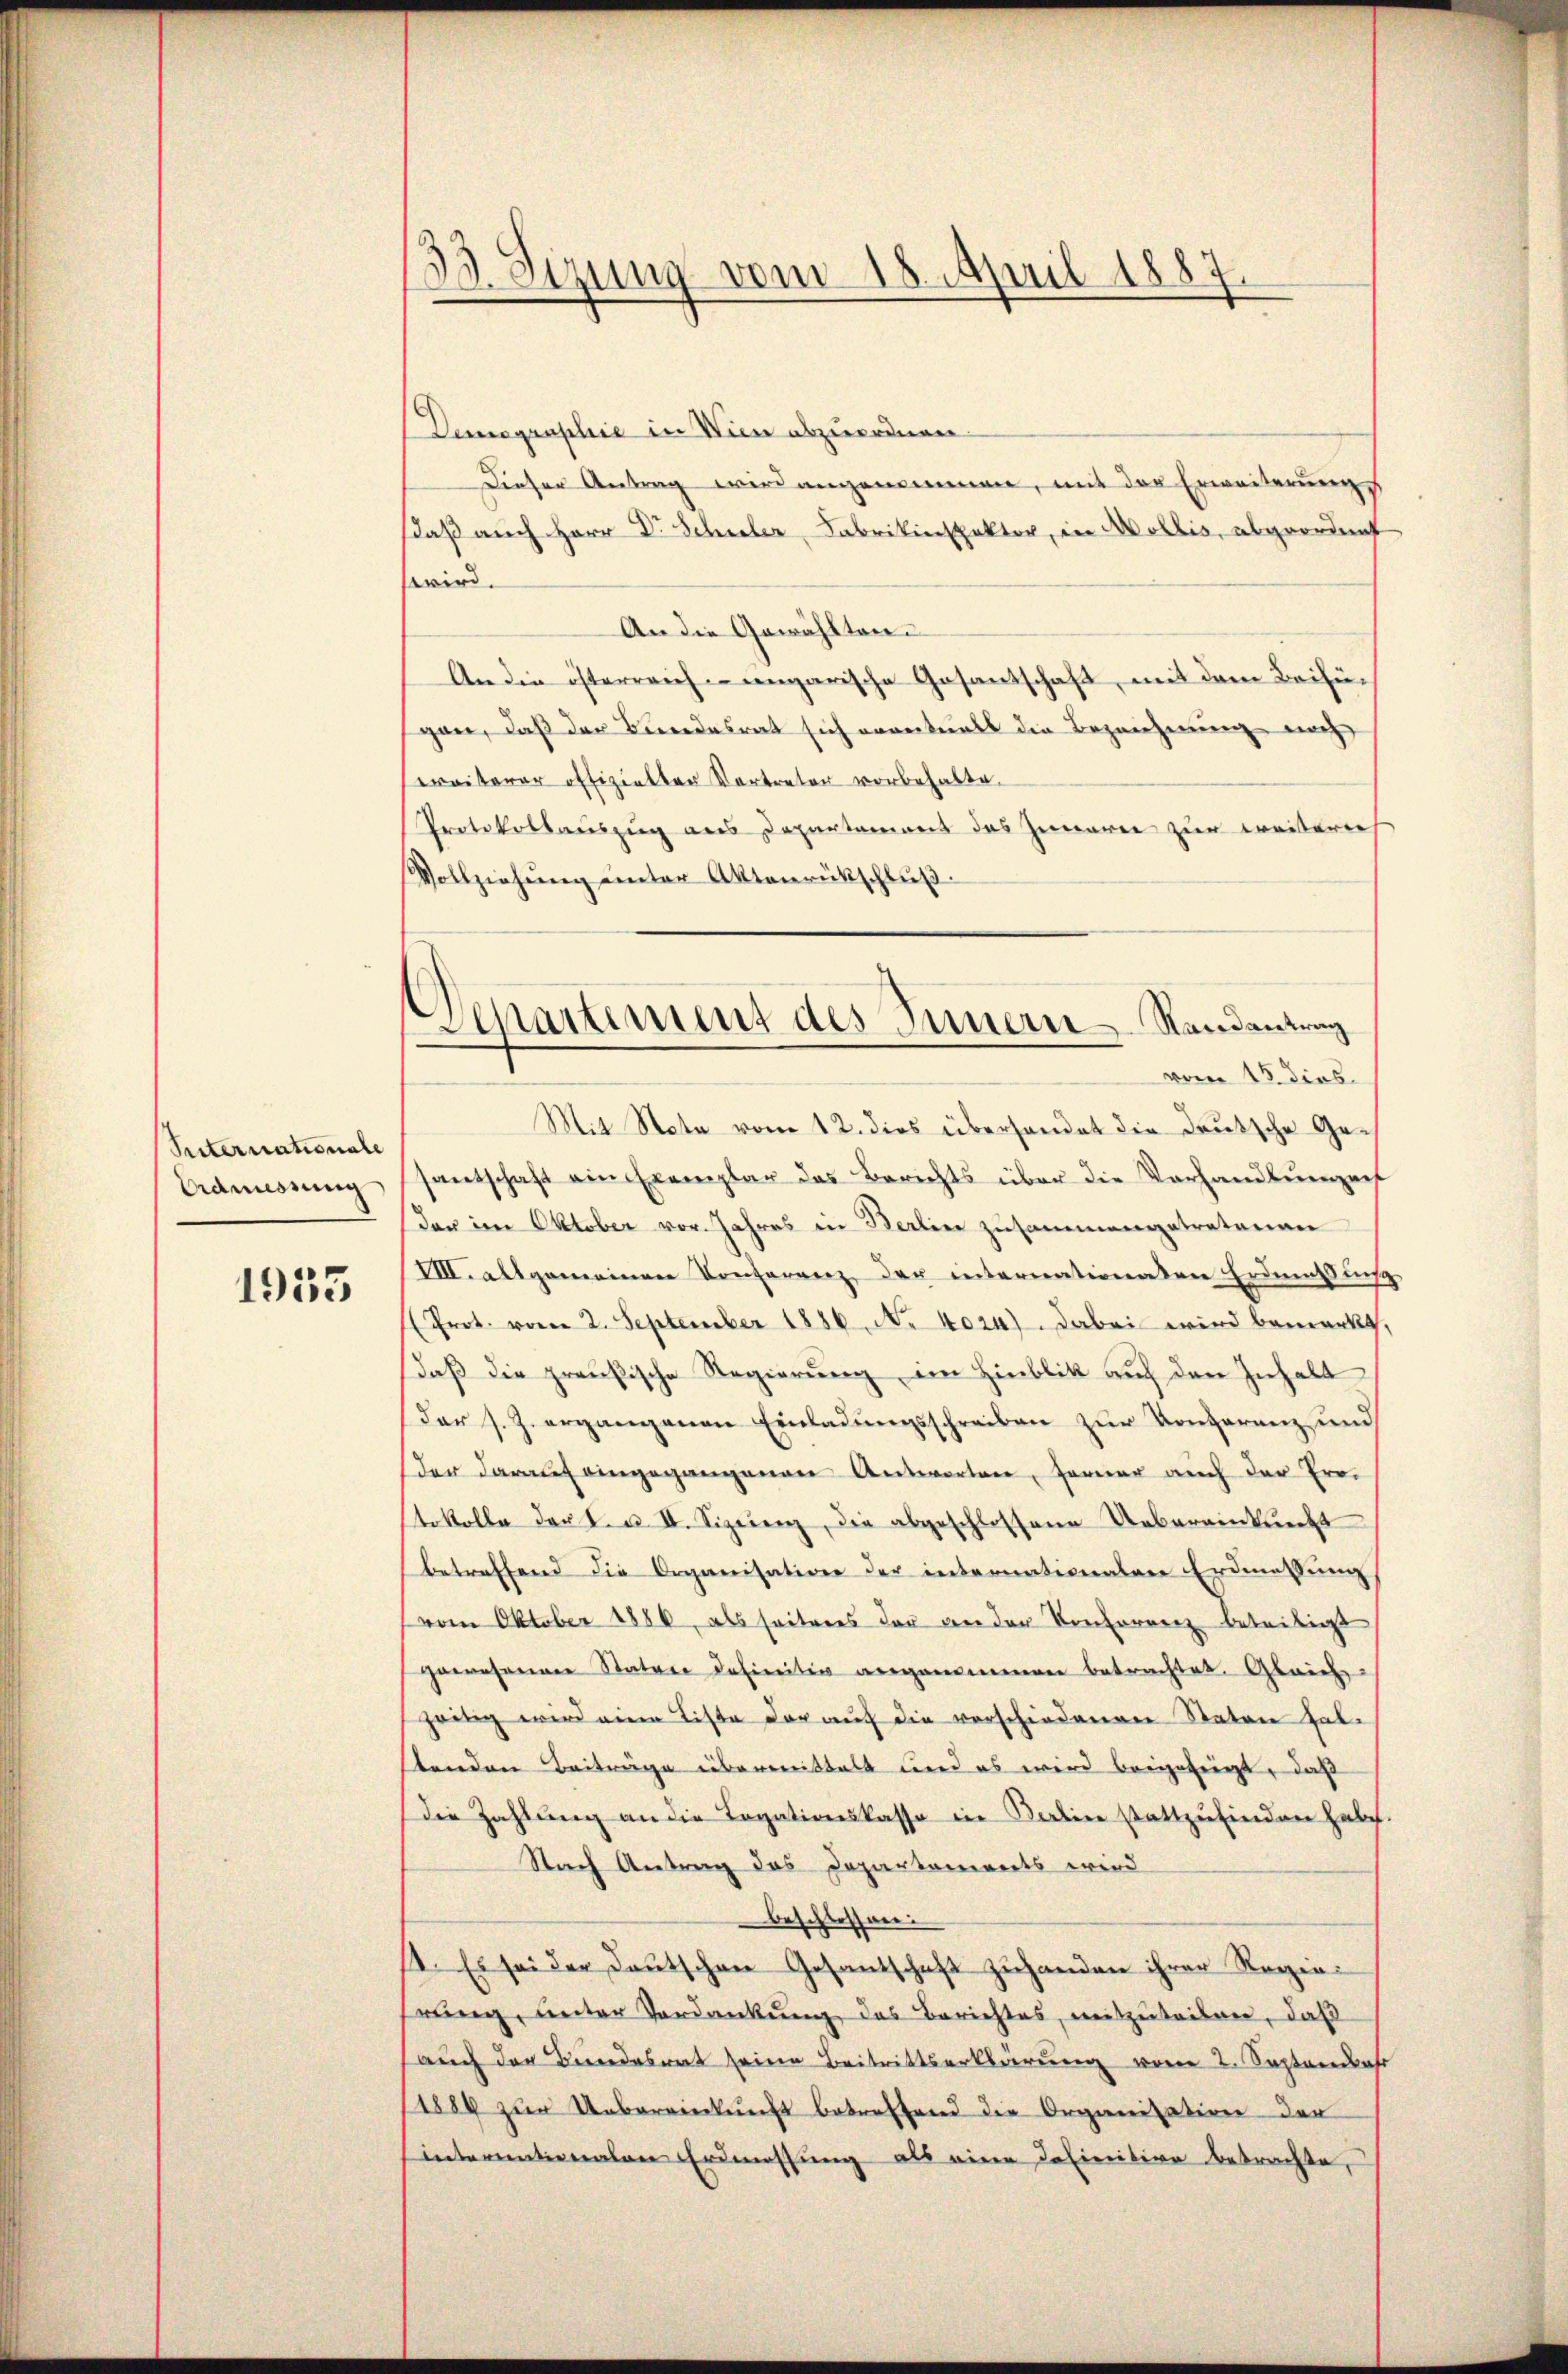
Riternationale
Admessung

1933

1. Sezung vom 18. April 1887.

Denographie in Wien abzuordnen.
Dieser Antrag wird angenommen, mit der Erweiterungs
saß auch Herr Dr. Schuler, Fabrikinspektor, in Mollis, abgeordnet
wird.
An die Gewählten.
An die österreich-ungarische Gosantschaft, mit dem Beifügan, daß der Bundesrat sich eventuels die Bezeichnung noch
ereiterer offizielter Vortreter vorbehalte.
Protokollauszug aus Departement das Zuwaren zur weiterech
Vollziehung unter Aktenrückschluß.
Mit Note vom 12. dies überhandet die Deutsche Gesantschaft ein Exemplar das Berichts über die Vorhandlungen
der im Oktober vor. Jahres in Berlin zusammengetretenen
IIII. allgemeinen Konferenz der internationaten Erdnensin
Prot. vom 2. September 1886. No. 4024). Dabei wird bemerkt,
daß die preußische Regierung im Hinblik auf den Inhalt
Der s. Z. ergangenen Einladungsschreiben zur Konferenz und
der darauf eingegangenen Antworten, ferner auch der Ero-
tokolle der I. u. II. Sizeenz, die abgeschlossene Uebereinkunft
betreffend die Organisation der internationalen Erdmessung
vom Oktober 1886, als seiteres der an der Konferenz beseitigt
gewesenen Stator definitiv angenommen betrachtet. Gleich
zeitig wird eine Liste der auch die verschiedenen Naton falstenden Beiträge übermittelt und es wird beigezeigt, daß
die Zahlung an die Togationskasse in Berline stattzufinden habe.
Nach Antrag des Departamierts wird
beschlossen:
4. Es sei der Deutschen Gesantschaft zuhanden ihrer Regierung, unter Verdankung das Berichtes, mitzuteilen, daß
auch der Bundesrat seine Beitrittserklärung von 2. September
1884 zŭr Uebereinkunft betreffend die Organisation der
internationalen Erdmessung als eine Definitive betrachte,

Departement des Innern Randantrag
vom 15. dies